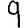
Digit: 9